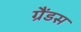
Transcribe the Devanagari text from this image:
ग्रैंडस